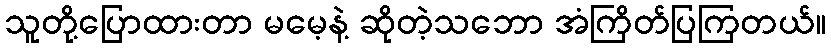
သူတို့ပြောထားတာ မမေ့နဲ့ ဆိုတဲ့သဘော အံကြိတ်ပြကြတယ်။